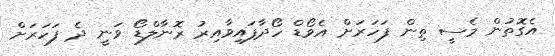
އެގޮތުން މެސީ ތިން ފަހަރަށް އެވޯޑް ހޯދާފައިވާއިރު ރޮނާލްޑޯ ވަނީ ދެ ފަހަރަށް